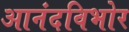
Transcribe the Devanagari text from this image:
आनंदविभोर